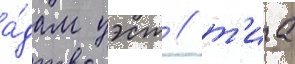
а́дам уэст / т'иа